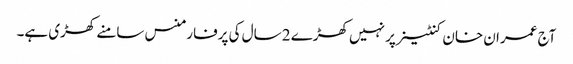
آج عمران خان کنٹینر پر نہیں کھڑے 2 سال کی پرفارمنس سامنے کھڑی ہے۔